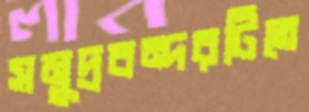
সমুদ্রবন্দরটিতে